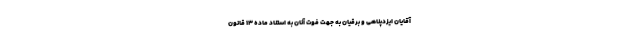
آقایان ایزدپناهی و برقیان به جهت فوت آنان به استناد ماده ۱۳ قانون